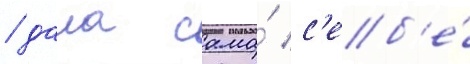
/ дала сама́ с'еб'е́